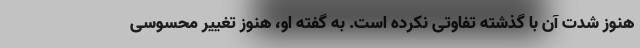
هنوز شدت آن با گذشته تفاوتی نکرده است. به‌ گفته او، هنوز تغییر محسوسی